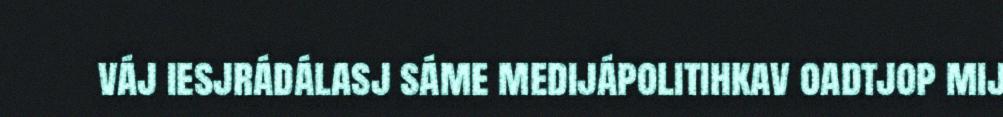
váj iesjrádálasj sáme medijápolitihkav oadtjop mij